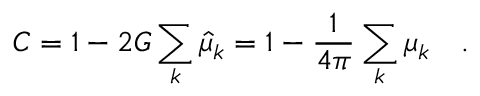
C = 1 - 2 G \sum _ { k } \hat { \mu } _ { k } = 1 - { \frac { 1 } { 4 \pi } } \sum _ { k } \mu _ { k } ~ ~ ~ .